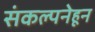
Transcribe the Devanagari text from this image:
संकल्पनेहून